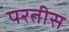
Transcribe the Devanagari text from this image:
परतीस